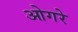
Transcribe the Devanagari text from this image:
ओगरे